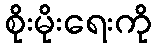
စိုးမိုးရေးကို